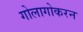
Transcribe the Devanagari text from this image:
गोलागोकरन